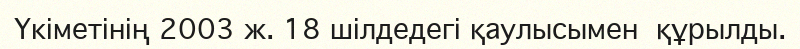
Үкіметінің 2003 ж. 18 шілдедегі қаулысымен  құрылды.